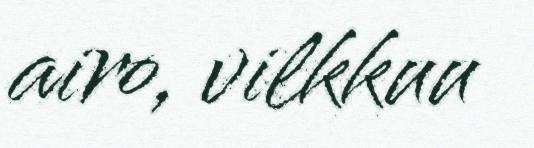
airo, vilkkuu